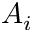
A _ { i }